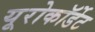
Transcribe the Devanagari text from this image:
यूरोकॉर्डेट